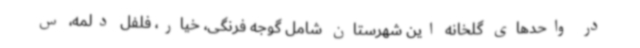
در واحدهای گلخانه این شهرستان شامل گوجه فرنگی، خیار، فلفل دلمه، س